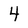
Character: 4